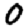
Digit: 0